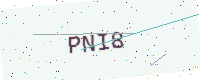
Text: PNI8